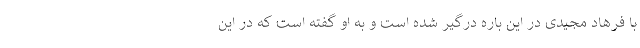
با فرهاد مجیدی در این باره درگیر شده است و به او گفته است که در این